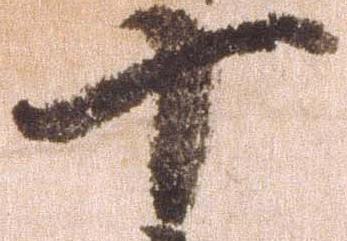
十